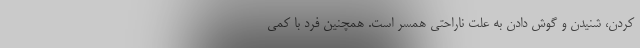
کردن، شنیدن و گوش دادن به علت ناراحتی همسر است. همچنین فرد با کمی